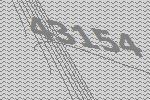
43154